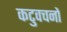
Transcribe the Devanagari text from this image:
कटुवचनों